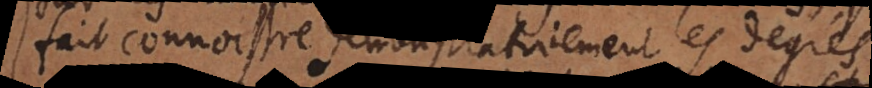
fait connoistre demonstrativement les degrés